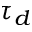
\tau _ { d }